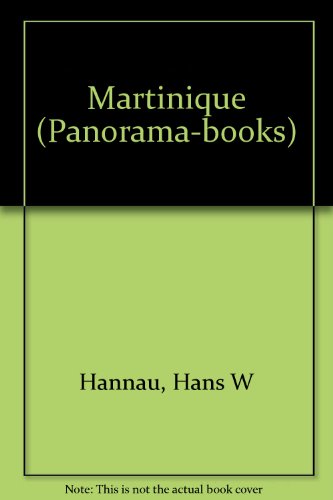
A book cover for Martinique (Panorama-books); Hans W Hannau; Travel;